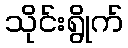
သိုင်းရွိုက်